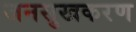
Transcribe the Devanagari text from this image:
जनसुखकरण